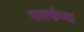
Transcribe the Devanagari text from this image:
पार्क्सच्या